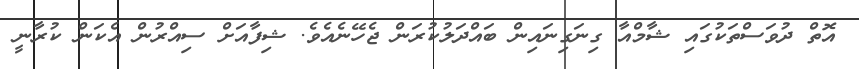
އޮތް ދުވަސްތަކުގައި ޝާމްއާ ގިނަގިނައިން ބައްދަލުކުރަން ޖެހޭނެއެވެ. ޝިފާއަށް ސިއްރުން އެކަން ކުރާނީ